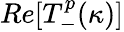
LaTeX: Re[T_{-}^{p}(\kappa)]